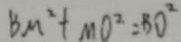
B M ^ { 2 } + M O ^ { 2 } = B D ^ { 2 }